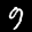
Label: 9